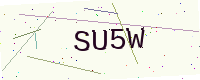
Text: SU5W